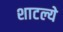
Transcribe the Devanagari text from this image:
शाटल्ये